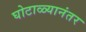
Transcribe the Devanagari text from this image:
घोटाळ्यानंतर